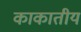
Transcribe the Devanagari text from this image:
काकातीय